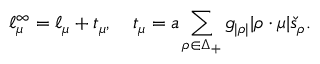
\ell _ { \mu } ^ { \infty } = \ell _ { \mu } + t _ { \mu } , \quad t _ { \mu } = a \sum _ { \rho \in \Delta _ { + } } g _ { | \rho | } | \rho \cdot \mu | \check { s } _ { \rho } .